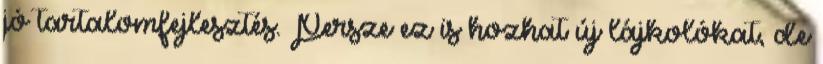
jó tartalomfejlesztés. Persze ez is hozhat új lájkolókat, de